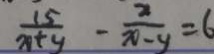
\frac { 1 5 } { x + y } - \frac { x } { x - y } = 6